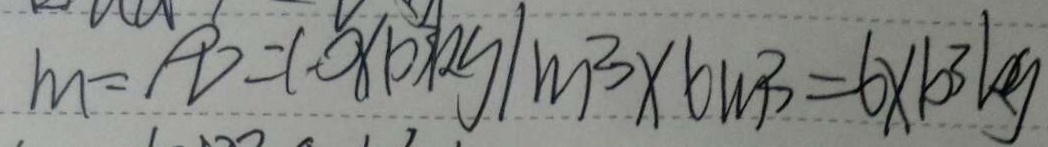
m = \rho _ { D } = 1 0 \times 1 0 ^ { 3 } k g / m ^ { 3 } \times 6 m ^ { 3 } = 6 \times 1 0 ^ { 3 } k g